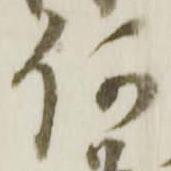
何